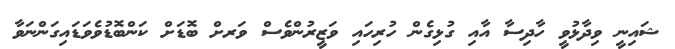
ޝައިނީ ވިދާޅުވީ ހާދިސާ އާއި ގުޅިގެން ހުރިހައި ވަޒީރުންވެސް ވަަރށް ބޮޑަށް ކަންބޮޑުވެވަޑައިގަންނަވާ